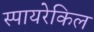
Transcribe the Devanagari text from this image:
स्पायरेकिल